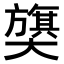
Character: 𫰁